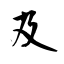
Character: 及